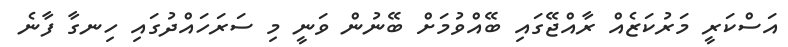
އަސްކަރީ މަރުކަޒެއް ރާއްޖޭގައި ބޭއްވުމަށް ބޭނުން ވަނީ މި ސަރަހައްދުގައި ހިނގާ ފާނެ